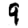
Digit: 9